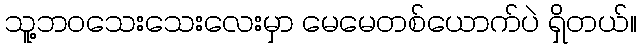
သူ့ဘဝသေးသေးလေးမှာ မေမေတစ်ယောက်ပဲ ရှိတယ်။